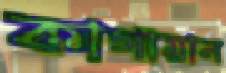
কাগায়ান